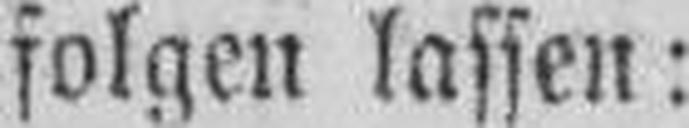
folgen lassen: